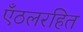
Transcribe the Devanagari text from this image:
एँठलरहित